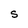
Character: s